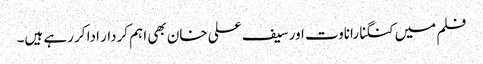
فلم میں کنگنا راناوت اور سیف علی خان بھی اہم کردار ادا کر رہے ہیں۔